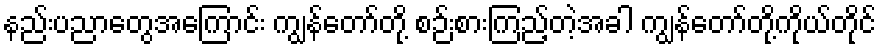
နည်းပညာတွေအကြောင်း ကျွန်တော်တို့ စဉ်းစားကြည့်တဲ့အခါ ကျွန်တော်တို့ကိုယ်တိုင်